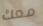
معك